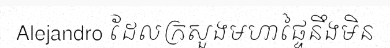
Alejandro ដែលក្រសួងមហាផ្ទៃនឹងមិន